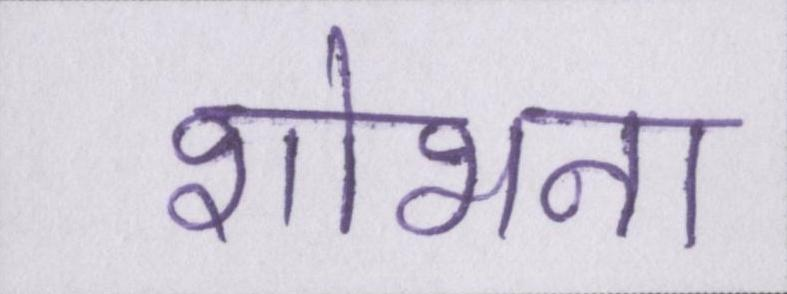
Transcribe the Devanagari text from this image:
शोभना